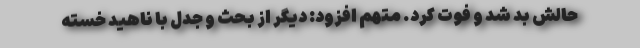
حالش بد شد و فوت کرد. متهم افزود: دیگر از بحث و جدل با ناهید خسته